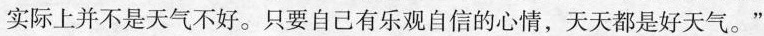
实际上并不是天气不好。只要自己有乐观自信的心情，天天都是好天气。”